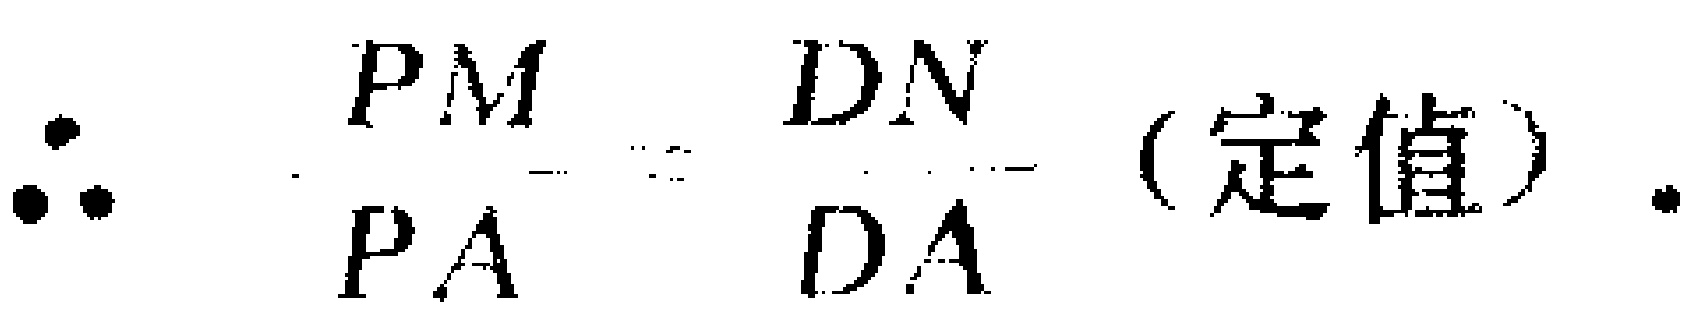
\(\therefore \frac{PM}{PA}=\frac{DN}{DA}\) (定值).